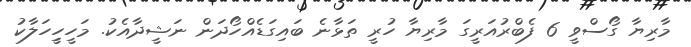
މާރިޔާ ގޯސްވީ 6 ފެބްރުއަރީގަ މާރިޔާ ހުރީ ތަޅާނެ ބައިގަޑެއްހޯދަން ނަޝީދާއެކު. މަހީހިީހަލާކު